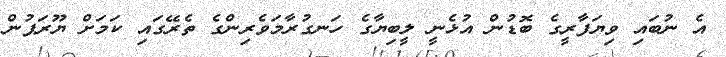
އެ ނުބައި ވިޔަފާރީގެ ބޮޑުން އުޅެނީ ލީބިޔާގެ ހަނގުރާމަވެރިންގެ ތެރޭގައި ކަމަށް ޔޫރަޕުން